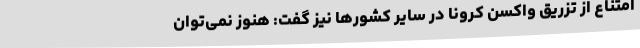
امتناع از تزریق واکسن کرونا در سایر کشورها نیز گفت: هنوز نمی‌توان